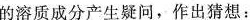
的溶质成分产生疑问，作出猜想：